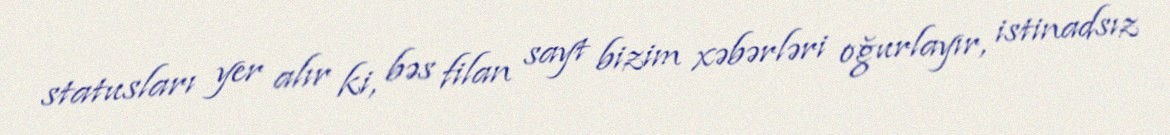
statusları yer alır ki, bəs filan sayt bizim xəbərləri oğurlayır, istinadsız